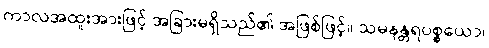
ကာလအထူးအားဖြင့် အခြားမရှိသည်၏ အဖြစ်ဖြင့်။ သမနန္တရပစ္စယော၊